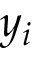
y _ { i }